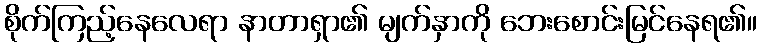
စိုက်ကြည့်နေလေရာ နာတာရှာ၏ မျက်နှာကို ဘေးစောင်းမြင်နေရ၏။